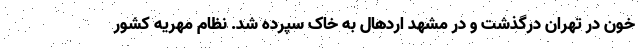
خون در تهران درگذشت و در مشهد اردهال به خاک سپرده شد. نظام مهریه کشور